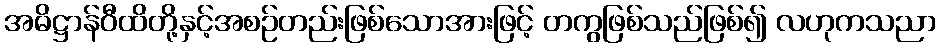
အဓိဋ္ဌာန်ဝီထိတို့နှင့်အစဉ်တည်းဖြစ်သောအားဖြင့် တကွဖြစ်သည်ဖြစ်၍ လဟုကသညာ